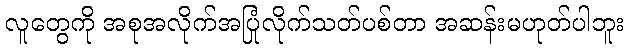
လူတွေကို အစုအလိုက်အပြုံလိုက်သတ်ပစ်တာ အဆန်းမဟုတ်ပါဘူး